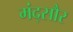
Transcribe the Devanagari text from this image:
मंद्सौर